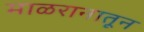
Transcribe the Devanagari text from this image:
माळरानातून